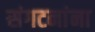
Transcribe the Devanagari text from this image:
संगटनांना